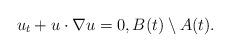
LaTeX: \begin{align*}u_t+u\cdot\nabla u=0, B(t)\setminus A(t).\end{align*}